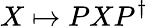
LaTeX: X\mapsto PXP^{\dagger}